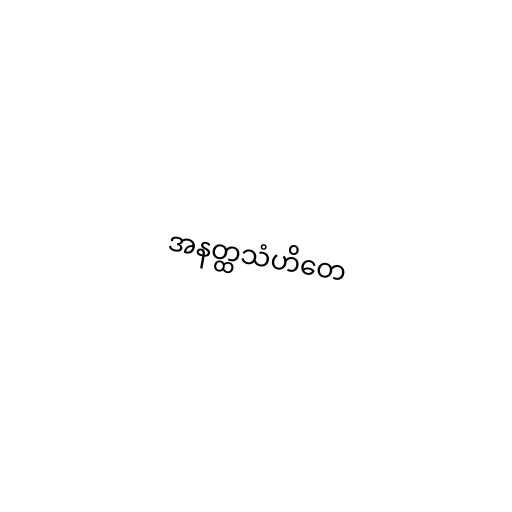
အနတ္ထသံဟိတေ